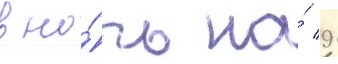
в но́чь на́ 9